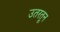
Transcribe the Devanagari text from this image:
उतरतून